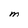
Character: M